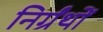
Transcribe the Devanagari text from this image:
निर्ग्रंथों